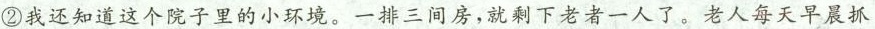
②我还知道这个院子里的小环境。一排三间房，就剩下老者一人了。老人每天早晨抓